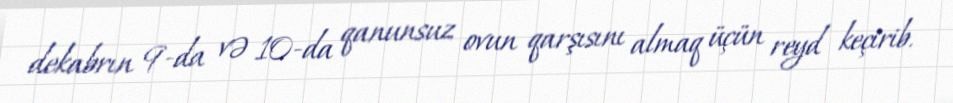
dekabrın 9-da və 10-da qanunsuz ovun qarşısını almaq üçün reyd keçirib.